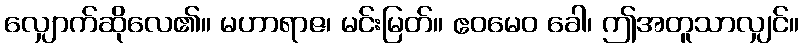
လျှောက်ဆိုလေ၏။ မဟာရာဇ၊ မင်းမြတ်။ ဧဝမေဝ ခေါ၊ ဤအတူသာလျှင်။